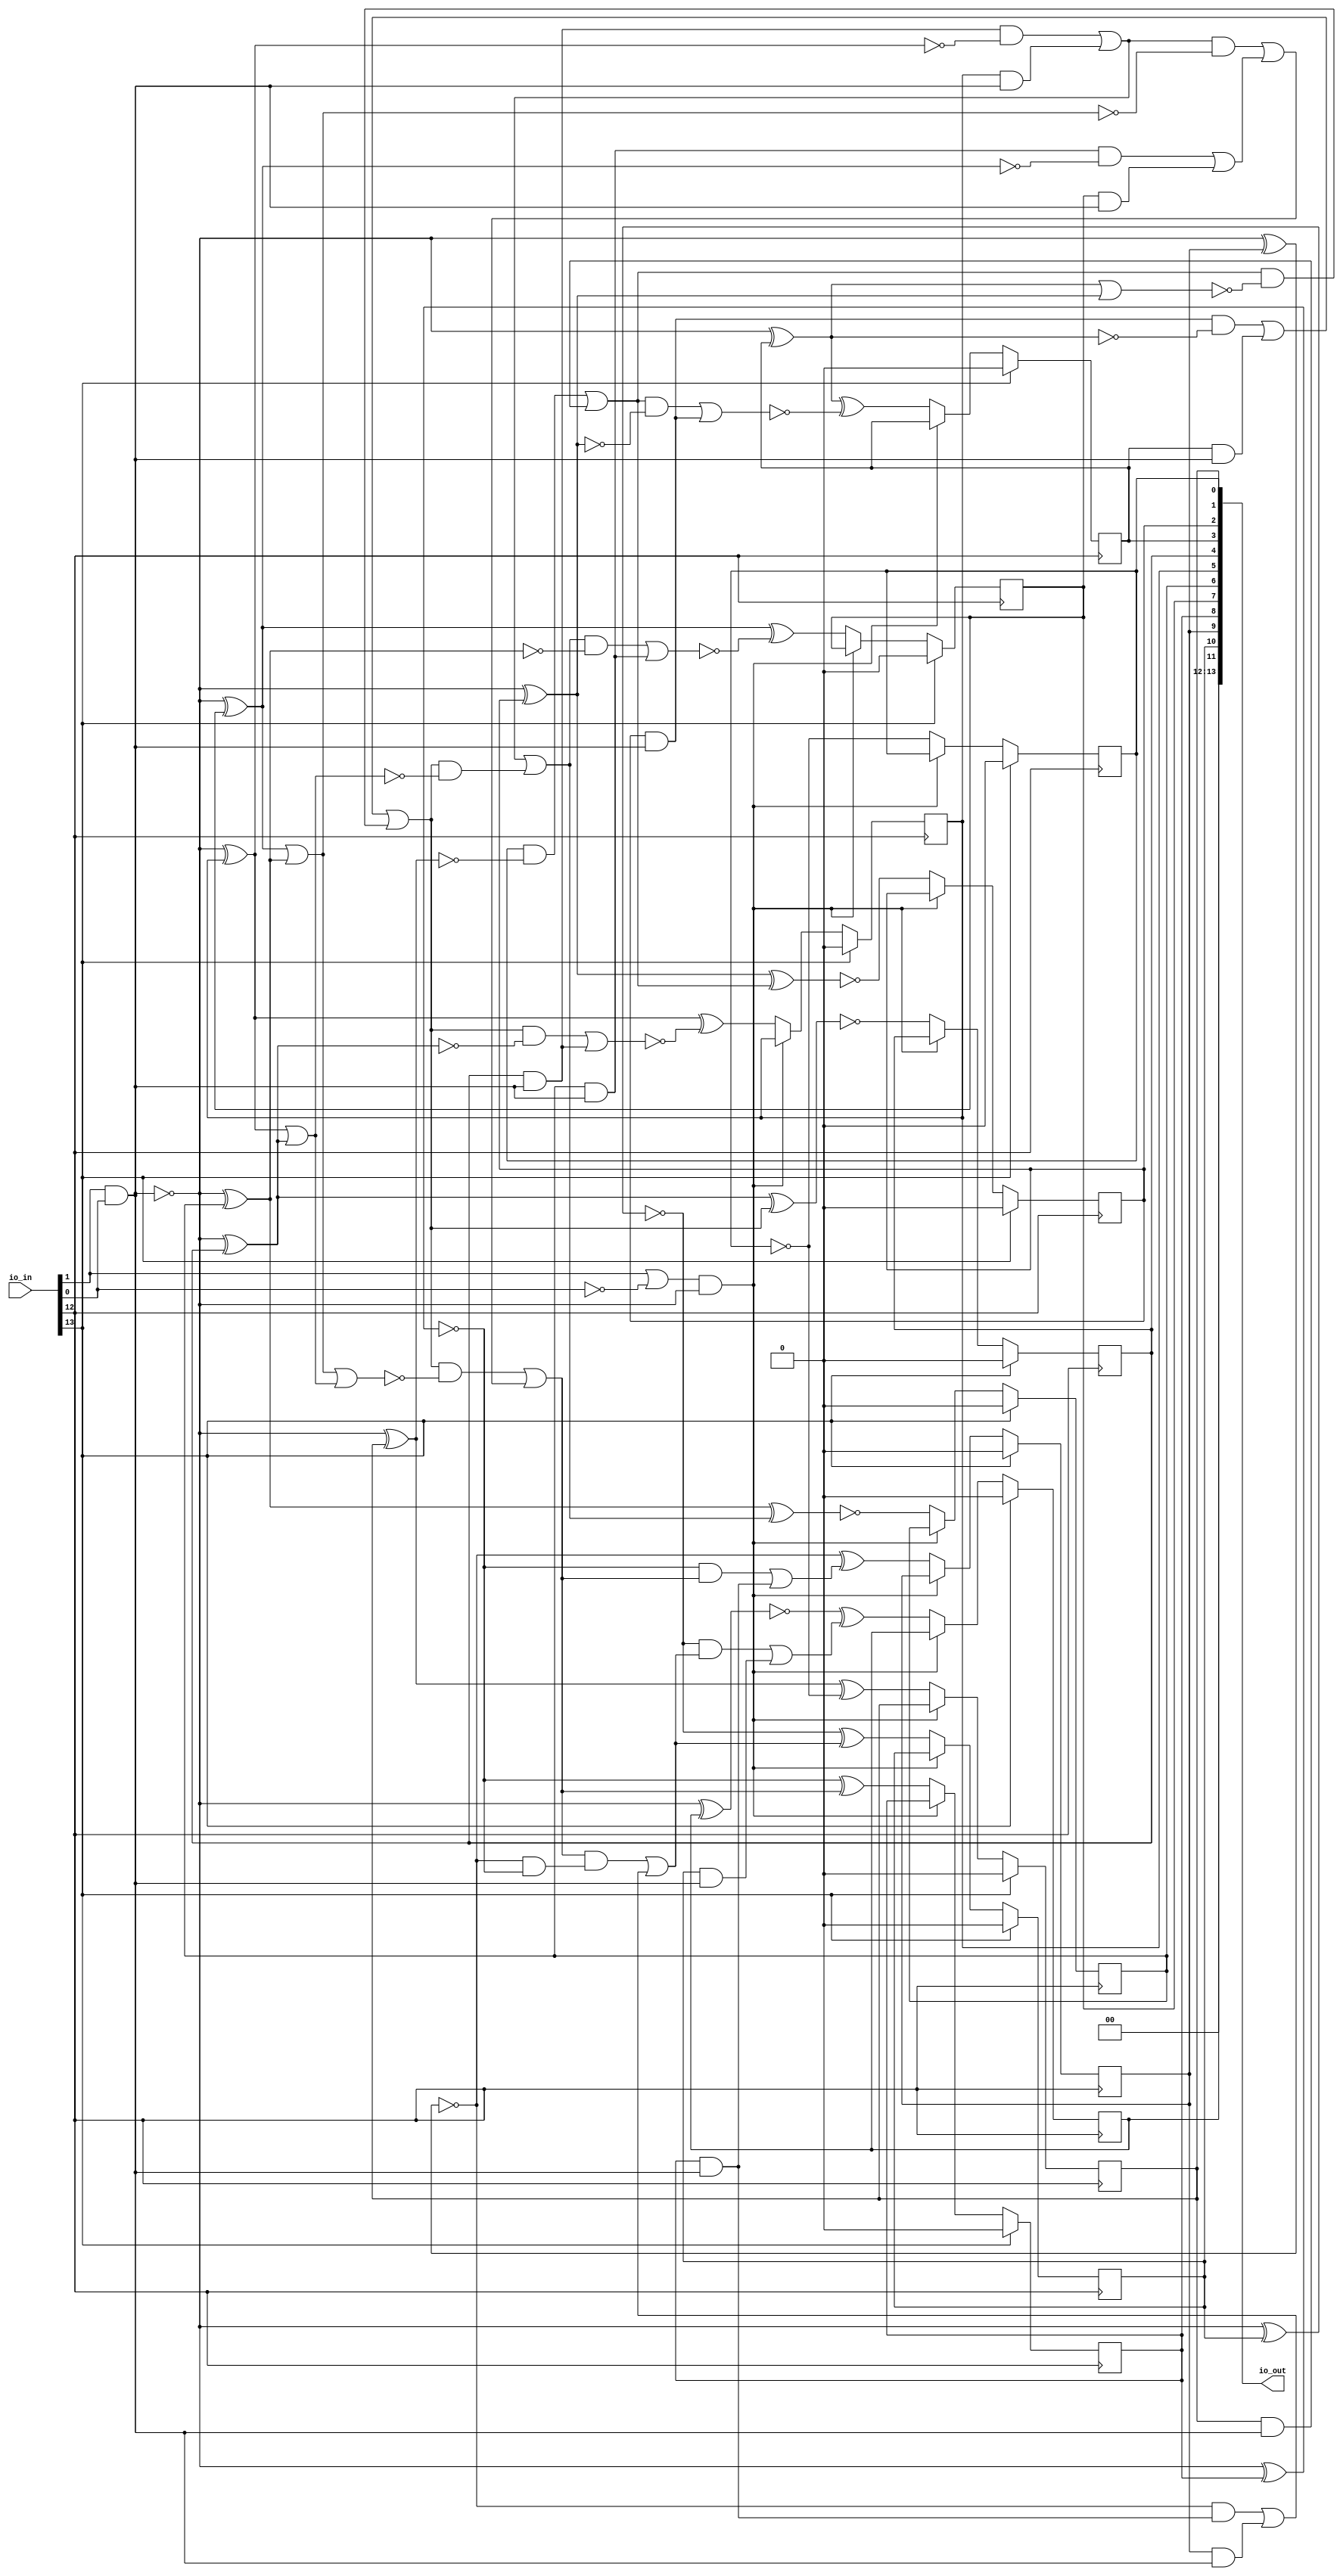
/* Generated by Yosys 0.36+3 (git sha1 a53032104, aarch64-apple-darwin20.2-clang 10.0.0-4ubuntu1 -fPIC -Os) */

/* top =  1  */
/* src = "d02_example_counter/src/toplevel_chip.v:4.1-18.10" */
module d02_example_counter(io_in, io_out);
  wire _000_;
  wire _001_;
  wire _002_;
  wire _003_;
  wire _004_;
  wire _005_;
  wire _006_;
  wire _007_;
  wire _008_;
  wire _009_;
  wire _010_;
  wire _011_;
  wire _012_;
  wire _013_;
  wire _014_;
  wire _015_;
  wire _016_;
  wire _017_;
  wire _018_;
  wire _019_;
  wire _020_;
  wire _021_;
  wire _022_;
  wire _023_;
  wire _024_;
  wire _025_;
  wire _026_;
  wire _027_;
  wire _028_;
  wire _029_;
  wire _030_;
  wire _031_;
  wire _032_;
  wire _033_;
  wire _034_;
  wire _035_;
  wire _036_;
  wire _037_;
  wire _038_;
  wire _039_;
  wire _040_;
  wire _041_;
  wire _042_;
  wire _043_;
  wire _044_;
  wire _045_;
  wire _046_;
  wire _047_;
  wire _048_;
  wire _049_;
  wire _050_;
  wire _051_;
  wire _052_;
  wire _053_;
  wire _054_;
  wire _055_;
  wire _056_;
  wire _057_;
  wire _058_;
  /* force_downto = 32'd1 */
  /* src = "d02_example_counter/src/toplevel_chip.v:9.13-14.6|d02_example_counter/src/chip.sv:18.23-18.33|/Users/anish/workspace/oss-cad-suite/libexec/../share/yosys/techmap.v:270.26-270.27" */
  wire [11:0] _059_;
  /* src = "d02_example_counter/src/toplevel_chip.v:5.18-5.23" */
  input [13:0] io_in;
  wire [13:0] io_in;
  /* src = "d02_example_counter/src/toplevel_chip.v:6.19-6.25" */
  output [13:0] io_out;
  wire [13:0] io_out;
  /* hdlname = "mchip clock" */
  /* src = "d02_example_counter/src/toplevel_chip.v:9.13-14.6|d02_example_counter/src/chip.sv:5.17-5.22" */
  wire \mchip.clock ;
  /* hdlname = "mchip enable" */
  /* src = "d02_example_counter/src/toplevel_chip.v:9.13-14.6|d02_example_counter/src/chip.sv:9.11-9.17" */
  wire \mchip.enable ;
  /* hdlname = "mchip io_in" */
  /* src = "d02_example_counter/src/toplevel_chip.v:9.13-14.6|d02_example_counter/src/chip.sv:4.24-4.29" */
  /* unused_bits = "2 3 4 5 6 7 8 9 10 11" */
  wire [11:0] \mchip.io_in ;
  /* hdlname = "mchip io_out" */
  /* src = "d02_example_counter/src/toplevel_chip.v:9.13-14.6|d02_example_counter/src/chip.sv:6.25-6.31" */
  reg [11:0] \mchip.io_out ;
  /* hdlname = "mchip reset" */
  /* src = "d02_example_counter/src/toplevel_chip.v:9.13-14.6|d02_example_counter/src/chip.sv:5.24-5.29" */
  wire \mchip.reset ;
  /* hdlname = "mchip updown" */
  /* src = "d02_example_counter/src/toplevel_chip.v:9.13-14.6|d02_example_counter/src/chip.sv:9.19-9.25" */
  wire \mchip.updown ;
  assign _059_[0] = ~\mchip.io_out [0];
  assign _001_ = ~(io_in[1] & io_in[0]);
  assign _002_ = io_in[1] | ~(io_in[0]);
  assign _000_ = ~(_002_ & _001_);
  assign _003_ = _001_ ^ \mchip.io_out [1];
  assign _059_[1] = _003_ ^ _059_[0];
  assign _004_ = \mchip.io_out [1] & ~(_001_);
  assign _005_ = \mchip.io_out [0] & ~(_003_);
  assign _006_ = _005_ | _004_;
  assign _007_ = _001_ ^ \mchip.io_out [2];
  assign _059_[2] = ~(_007_ ^ _006_);
  assign _008_ = \mchip.io_out [2] & ~(_001_);
  assign _009_ = _006_ & ~(_007_);
  assign _010_ = ~(_009_ | _008_);
  assign _011_ = _001_ ^ \mchip.io_out [3];
  assign _059_[3] = _011_ ^ _010_;
  assign _012_ = _011_ | _007_;
  assign _013_ = _006_ & ~(_012_);
  assign _014_ = \mchip.io_out [3] & ~(_001_);
  assign _015_ = _008_ & ~(_011_);
  assign _016_ = _015_ | _014_;
  assign _017_ = _016_ | _013_;
  assign _018_ = _001_ ^ \mchip.io_out [4];
  assign _059_[4] = ~(_018_ ^ _017_);
  assign _019_ = \mchip.io_out [4] & ~(_001_);
  assign _020_ = _017_ & ~(_018_);
  assign _021_ = ~(_020_ | _019_);
  assign _022_ = _001_ ^ \mchip.io_out [5];
  assign _059_[5] = _022_ ^ _021_;
  assign _023_ = _022_ | _018_;
  assign _024_ = _017_ & ~(_023_);
  assign _025_ = \mchip.io_out [5] & ~(_001_);
  assign _026_ = _019_ & ~(_022_);
  assign _027_ = _026_ | _025_;
  assign _028_ = _027_ | _024_;
  assign _029_ = _001_ ^ \mchip.io_out [6];
  assign _059_[6] = ~(_029_ ^ _028_);
  assign _030_ = \mchip.io_out [6] & ~(_001_);
  assign _031_ = _028_ & ~(_029_);
  assign _032_ = ~(_031_ | _030_);
  assign _033_ = _001_ ^ \mchip.io_out [7];
  assign _059_[7] = _033_ ^ _032_;
  assign _034_ = \mchip.io_out [7] & ~(_001_);
  assign _035_ = _030_ & ~(_033_);
  assign _036_ = _035_ | _034_;
  assign _037_ = _033_ | _029_;
  assign _038_ = _027_ & ~(_037_);
  assign _039_ = _038_ | _036_;
  assign _040_ = _037_ | _023_;
  assign _041_ = _017_ & ~(_040_);
  assign _042_ = _041_ | _039_;
  assign _043_ = ~(_001_ ^ \mchip.io_out [8]);
  assign _059_[8] = _043_ ^ _042_;
  assign _044_ = \mchip.io_out [8] & ~(_001_);
  assign _045_ = _043_ & _042_;
  assign _046_ = _045_ | _044_;
  assign _047_ = ~(_001_ ^ \mchip.io_out [9]);
  assign _059_[9] = _047_ ^ _046_;
  assign _048_ = \mchip.io_out [9] & ~(_001_);
  assign _049_ = _047_ & _044_;
  assign _050_ = _049_ | _048_;
  assign _051_ = ~(_047_ & _043_);
  assign _052_ = _042_ & ~(_051_);
  assign _053_ = _052_ | _050_;
  assign _054_ = ~(_001_ ^ \mchip.io_out [10]);
  assign _059_[10] = _054_ ^ _053_;
  assign _055_ = \mchip.io_out [10] & ~(_001_);
  assign _056_ = _054_ & _053_;
  assign _057_ = _056_ | _055_;
  assign _058_ = ~(_001_ ^ \mchip.io_out [11]);
  assign _059_[11] = _058_ ^ _057_;
  /* \always_ff  = 32'd1 */
  /* src = "d02_example_counter/src/toplevel_chip.v:9.13-14.6|d02_example_counter/src/chip.sv:13.5-23.8" */
  always @(posedge io_in[12])
    if (io_in[13]) \mchip.io_out [0] <= 1'h0;
    else if (_000_) \mchip.io_out [0] <= _059_[0];
  /* \always_ff  = 32'd1 */
  /* src = "d02_example_counter/src/toplevel_chip.v:9.13-14.6|d02_example_counter/src/chip.sv:13.5-23.8" */
  always @(posedge io_in[12])
    if (io_in[13]) \mchip.io_out [1] <= 1'h0;
    else if (_000_) \mchip.io_out [1] <= _059_[1];
  /* \always_ff  = 32'd1 */
  /* src = "d02_example_counter/src/toplevel_chip.v:9.13-14.6|d02_example_counter/src/chip.sv:13.5-23.8" */
  always @(posedge io_in[12])
    if (io_in[13]) \mchip.io_out [2] <= 1'h0;
    else if (_000_) \mchip.io_out [2] <= _059_[2];
  /* \always_ff  = 32'd1 */
  /* src = "d02_example_counter/src/toplevel_chip.v:9.13-14.6|d02_example_counter/src/chip.sv:13.5-23.8" */
  always @(posedge io_in[12])
    if (io_in[13]) \mchip.io_out [3] <= 1'h0;
    else if (_000_) \mchip.io_out [3] <= _059_[3];
  /* \always_ff  = 32'd1 */
  /* src = "d02_example_counter/src/toplevel_chip.v:9.13-14.6|d02_example_counter/src/chip.sv:13.5-23.8" */
  always @(posedge io_in[12])
    if (io_in[13]) \mchip.io_out [4] <= 1'h0;
    else if (_000_) \mchip.io_out [4] <= _059_[4];
  /* \always_ff  = 32'd1 */
  /* src = "d02_example_counter/src/toplevel_chip.v:9.13-14.6|d02_example_counter/src/chip.sv:13.5-23.8" */
  always @(posedge io_in[12])
    if (io_in[13]) \mchip.io_out [5] <= 1'h0;
    else if (_000_) \mchip.io_out [5] <= _059_[5];
  /* \always_ff  = 32'd1 */
  /* src = "d02_example_counter/src/toplevel_chip.v:9.13-14.6|d02_example_counter/src/chip.sv:13.5-23.8" */
  always @(posedge io_in[12])
    if (io_in[13]) \mchip.io_out [6] <= 1'h0;
    else if (_000_) \mchip.io_out [6] <= _059_[6];
  /* \always_ff  = 32'd1 */
  /* src = "d02_example_counter/src/toplevel_chip.v:9.13-14.6|d02_example_counter/src/chip.sv:13.5-23.8" */
  always @(posedge io_in[12])
    if (io_in[13]) \mchip.io_out [7] <= 1'h0;
    else if (_000_) \mchip.io_out [7] <= _059_[7];
  /* \always_ff  = 32'd1 */
  /* src = "d02_example_counter/src/toplevel_chip.v:9.13-14.6|d02_example_counter/src/chip.sv:13.5-23.8" */
  always @(posedge io_in[12])
    if (io_in[13]) \mchip.io_out [8] <= 1'h0;
    else if (_000_) \mchip.io_out [8] <= _059_[8];
  /* \always_ff  = 32'd1 */
  /* src = "d02_example_counter/src/toplevel_chip.v:9.13-14.6|d02_example_counter/src/chip.sv:13.5-23.8" */
  always @(posedge io_in[12])
    if (io_in[13]) \mchip.io_out [9] <= 1'h0;
    else if (_000_) \mchip.io_out [9] <= _059_[9];
  /* \always_ff  = 32'd1 */
  /* src = "d02_example_counter/src/toplevel_chip.v:9.13-14.6|d02_example_counter/src/chip.sv:13.5-23.8" */
  always @(posedge io_in[12])
    if (io_in[13]) \mchip.io_out [10] <= 1'h0;
    else if (_000_) \mchip.io_out [10] <= _059_[10];
  /* \always_ff  = 32'd1 */
  /* src = "d02_example_counter/src/toplevel_chip.v:9.13-14.6|d02_example_counter/src/chip.sv:13.5-23.8" */
  always @(posedge io_in[12])
    if (io_in[13]) \mchip.io_out [11] <= 1'h0;
    else if (_000_) \mchip.io_out [11] <= _059_[11];
  assign io_out = { 2'h0, \mchip.io_out  };
  assign \mchip.clock  = io_in[12];
  assign \mchip.enable  = io_in[0];
  assign \mchip.io_in  = io_in[11:0];
  assign \mchip.reset  = io_in[13];
  assign \mchip.updown  = io_in[1];
endmodule